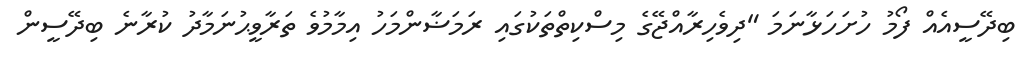
ބިދޭސީއެއް ފޯމު ހުށަހަޅާނަމަ "ދިވެހިރާއްޖޭގެ މިސްކިތްތަކުގައި ރަމަޟާންމަހު އިމާމުވެ ތަރާވީޙުނަމާދު ކުރާނެ ބިދޭސީން